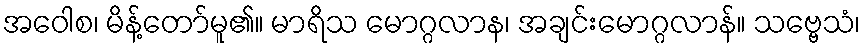
အဝေါစ၊ မိန့်တော်မူ၏။ မာရိသ မောဂ္ဂလာန၊ အချင်းမောဂ္ဂလာန်။ သဗ္ဗေသံ၊